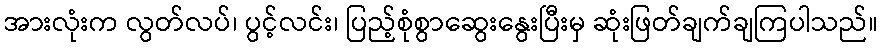
အားလုံးက လွတ်လပ်၊ ပွင့်လင်း၊ ပြည့်စုံစွာဆွေးနွေးပြီးမှ ဆုံးဖြတ်ချက်ချကြပါသည်။